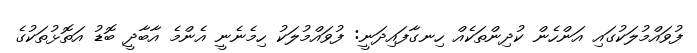
ފުވައްމުލަކުގައި އަންހެން ކުދިންތަކެއް ހިނގާފައިދަނީ: ފުވައްމުލަކު ހިމެނެނީ އެންމެ އާބާދީ ބޮޑު އަތޮޅުތަކުގެ